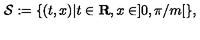
{ \mathcal { S } } : = \{ ( t , x ) | t \in { \bf { R } } , x \in ] 0 , \pi / m [ \} ,